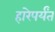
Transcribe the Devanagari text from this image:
हारेपर्यंत